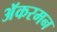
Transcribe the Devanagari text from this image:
अॅकरमन